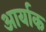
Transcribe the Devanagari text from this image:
आर्याक